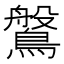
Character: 𪄀